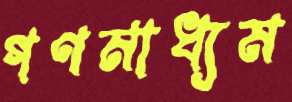
গণমাধ্যম